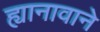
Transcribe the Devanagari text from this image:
ह्यानावाने